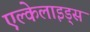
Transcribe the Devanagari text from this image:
एल्केलाइड्स